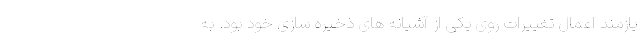
یازمند اعمال تغییرات روی یکی از آشیانه های ذخیره سازی خود بود. به